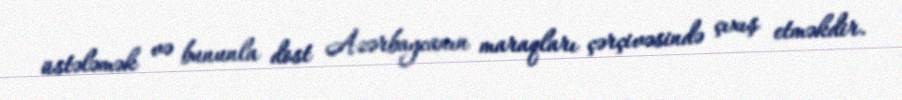
üstələmək və bununla dost Azərbaycanın maraqları çərçivəsində çıxış etməkdir.